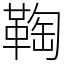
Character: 𩋃